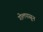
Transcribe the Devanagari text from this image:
गोलपासून